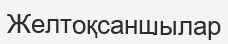
Желтоқсаншылар